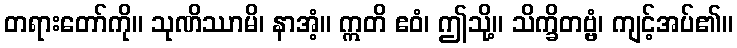
တရားတော်ကို။ သုဏိဿာမိ၊ နာအံ့။ ဣတိ ဧဝံ၊ ဤသို့။ သိက္ခိတဗ္ဗံ၊ ကျင့်အပ်၏။